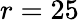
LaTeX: r=25